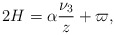
\begin{align*}2H=\alpha\frac{\nu _3}{z}+\varpi,\end{align*}